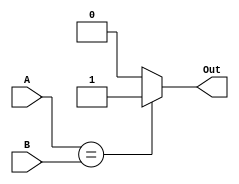
`timescale 1ns / 1ps
//////////////////////////////////////////////////////////////////////////////////
// Company: 
// Engineer: 
// 
// Design Name: 
// Module Name:    CMP 
// Project Name: 
// Target Devices: 
// Tool versions: 
// Description: 
//
// Dependencies: 
//
// Revision: 
// Revision 0.01 - File Created
// Additional Comments: 
//
//////////////////////////////////////////////////////////////////////////////////
module CMP(A,B,Out);
	input [31:0] A,B;
	output Out;
	
	assign Out = (A==B)? 1 : 0 ;

endmodule